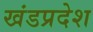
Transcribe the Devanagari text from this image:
खंडप्रदेश